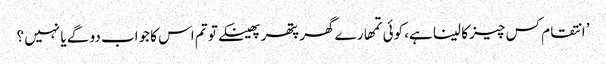
’ انتقام کس چیز کا لینا ہے، کوئی تمھارے گھر پتھر پھینکے تو تم اس کا جواب دو گے یا نہیں ؟